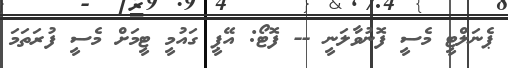
ޕެނަލްޓީ މެސީ ފޮނުވާލަނީ -- ފޮޓޯ: އޭޕީ ގައުމީ ޓީމަށް މެސީ ފުރަތަމަ